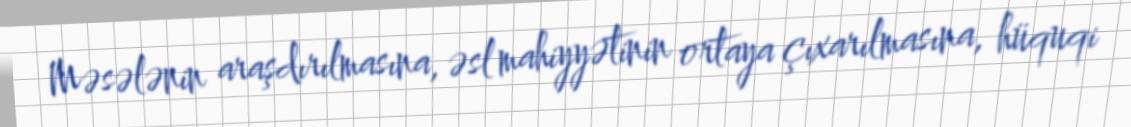
Məsələnin araşdırılmasına, əsl mahiyyətinin ortaya çıxarılmasına, hüquqi